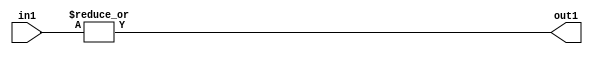
`timescale 1ps / 1ps
/*****************************************************************************
    Verilog RTL Description
    
    
    Created by: Stratus DpOpt 21.05.01 
*******************************************************************************/

module SobelFilter_OrReduction_32S_1U_4 (
	in1,
	out1
	); /* architecture "behavioural" */ 
input [31:0] in1;
output  out1;
wire  asc001;

assign asc001 = 
	(|in1);

assign out1 = asc001;
endmodule

/* CADENCE  urjxQgg= : u9/ySxbfrwZIxEzHVQQV8Q== ** DO NOT EDIT THIS LINE ******/